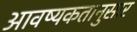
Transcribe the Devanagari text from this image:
आवष्यकतानुसार